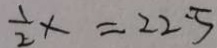
\frac { 1 } { 2 } x = 2 2 . 5